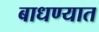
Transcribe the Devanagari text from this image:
बाधण्यात